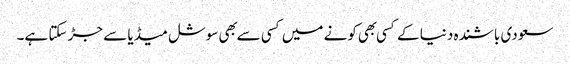
سعودی باشنده دنیا کے کسی بهی کونے میں کسی سے بهی سوشل میڈیا سے جڑ سکتا ہے۔